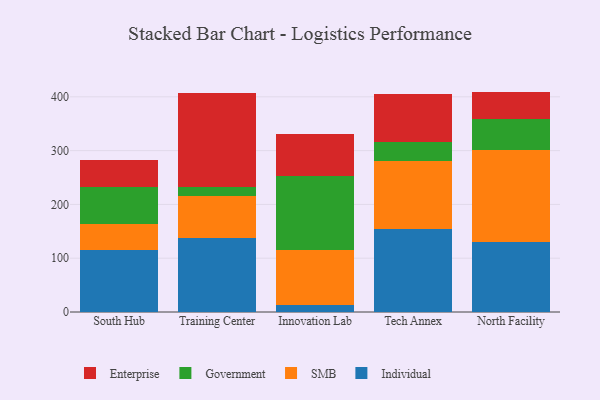
{"axis": {"x": "Campus", "y": "Bounce Rate (%)"}, "legend": ["Enterprise", "Government", "Individual", "SMB"], "data": [{"x": "South Hub", "y": 116.1, "type": "Individual"}, {"x": "South Hub", "y": 48.2, "type": "SMB"}, {"x": "South Hub", "y": 68.7, "type": "Government"}, {"x": "South Hub", "y": 49.9, "type": "Enterprise"}, {"x": "Training Center", "y": 138.3, "type": "Individual"}, {"x": "Training Center", "y": 77.2, "type": "SMB"}, {"x": "Training Center", "y": 17.7, "type": "Government"}, {"x": "Training Center", "y": 173.2, "type": "Enterprise"}, {"x": "Innovation Lab", "y": 13.1, "type": "Individual"}, {"x": "Innovation Lab", "y": 102.8, "type": "SMB"}, {"x": "Innovation Lab", "y": 136.3, "type": "Government"}, {"x": "Innovation Lab", "y": 79.3, "type": "Enterprise"}, {"x": "Tech Annex", "y": 154.8, "type": "Individual"}, {"x": "Tech Annex", "y": 126.5, "type": "SMB"}, {"x": "Tech Annex", "y": 35.5, "type": "Government"}, {"x": "Tech Annex", "y": 88.5, "type": "Enterprise"}, {"x": "North Facility", "y": 130.7, "type": "Individual"}, {"x": "North Facility", "y": 170.2, "type": "SMB"}, {"x": "North Facility", "y": 57.3, "type": "Government"}, {"x": "North Facility", "y": 51.5, "type": "Enterprise"}]}